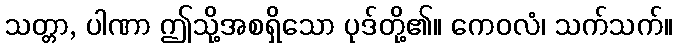
သတ္တာ, ပါဏာ ဤသို့အစရှိသော ပုဒ်တို့၏။ ကေဝလံ၊ သက်သက်။